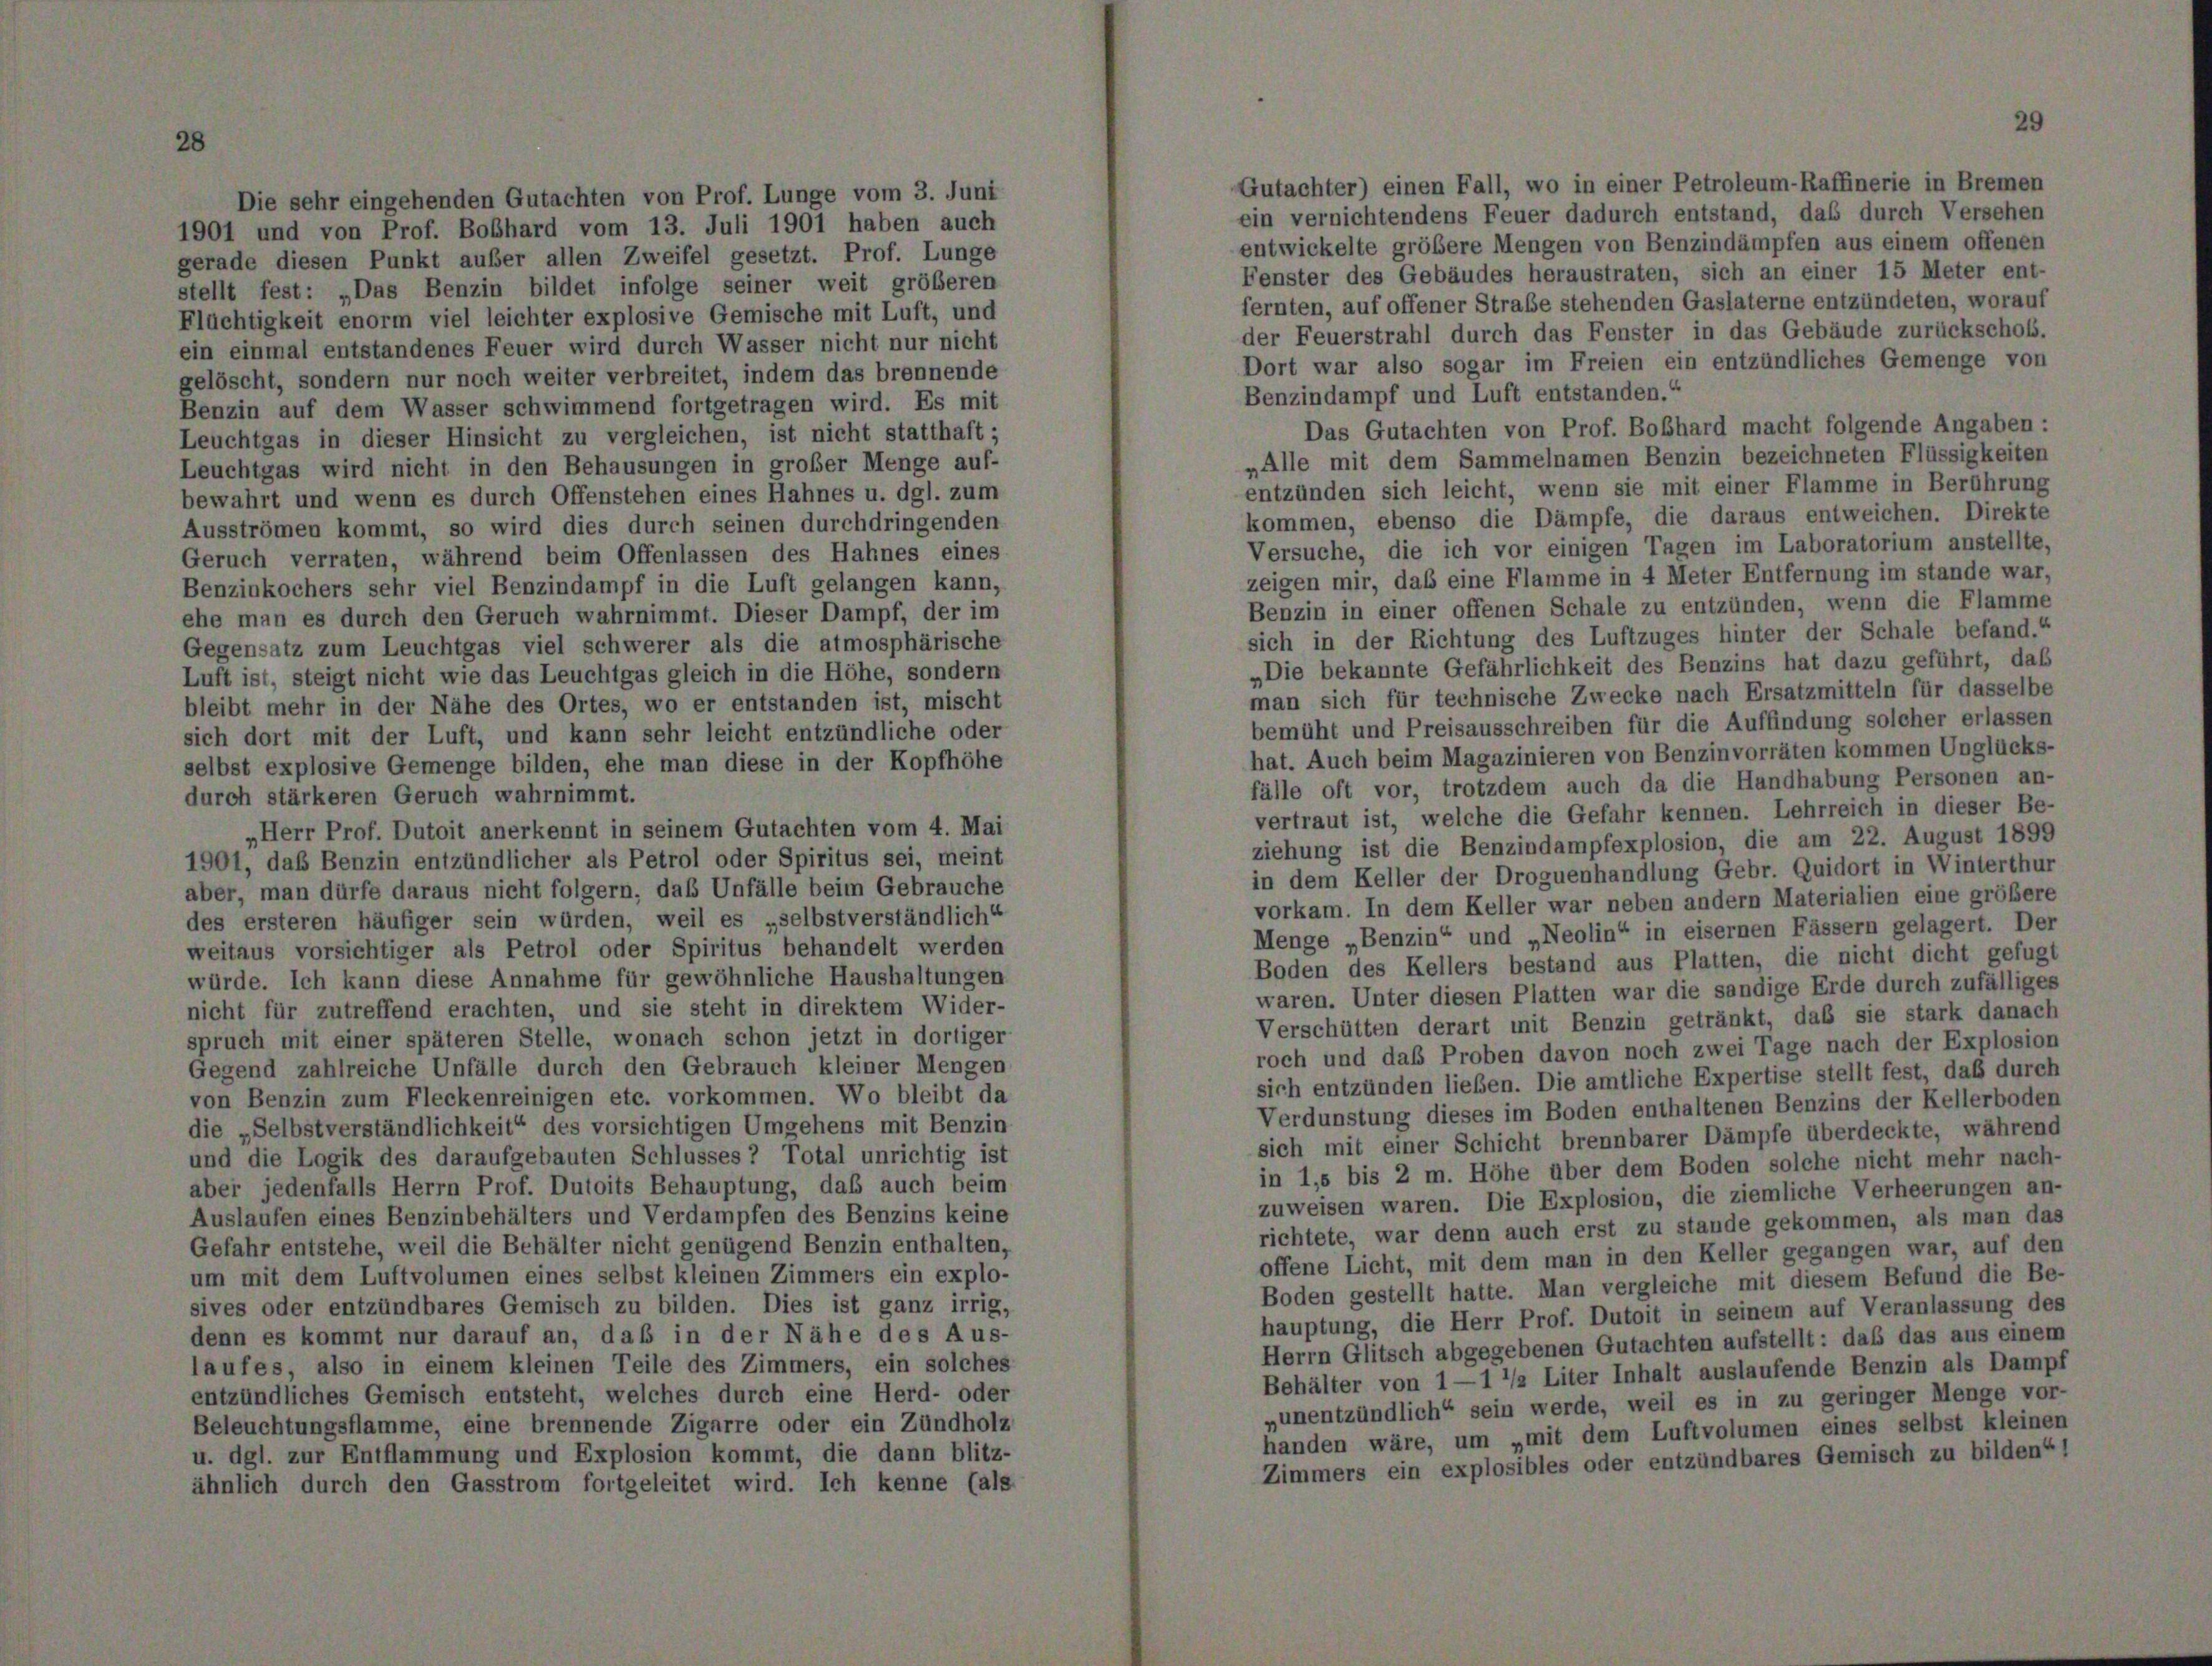
1901 und von Prof. Boßhard vom 13. Juli 1901 haben auch
gerade diesen Punkt außer allen Zweifel gesetzt. Prof. Lunge
stellt fest: „Das Benzin bildet infolge seiner weit größeren
Flüchtigkeit enorm viel leichter explosive Gemische mit Luft, und
ein einmal entstandenes Feuer wird durch Wasser nicht nur nicht
gelöscht, sondern nur noch weiter verbreitet, indem das brennende
Benzin auf dem Wasser schwimmend fortgetragen wird. Es mit
Leuchtgas in dieser Hinsicht zu vergleichen, ist nicht statthaft;
Leuchtgas wird nicht in den Behausungen in großer Menge auf-
bewahrt und wenn es durch Offenstehen eines Hahnes u. dgl. zum
Ausströmen kommt, so wird dies durch seinen durchdringenden
Geruch verraten, während beim Offenlassen des Hahnes eines
Benzinkochers sehr viel Benzindampf in die Luft gelangen kann,
ehe man es durch den Geruch wahrnimmt. Dieser Dampf, der im
Gegensatz zum Leuchtgas viel schwerer als die atmosphärische
Luft ist, steigt nicht wie das Leuchtgas gleich in die Höhe, sondern
bleibt mehr in der Nähe des Ortes, wo er entstanden ist, mischt
sich dort mit der Luft, und kann sehr leicht entzündliche oder
selbst explosive Gemenge bilden, ehe man diese in der Kopfhöhe
durch stärkeren Geruch wahrnimmt.
„Herr Prof. Dutoit anerkennt in seinem Gutachten vom 4. Mai
1901, das Benzin entzündlicher als Petrol oder Spiritus sei, meint
aber, man dürfe daraus nicht folgern, das Unfälle beim Gebrauche
des ersteren häufiger sein würden, weil es „selbstverständlich“
weitaus vorsichtiger als Petrol oder Spiritus behandelt werden
würde. Ich kann diese Annahme für gewöhnliche Haushaltungen
nicht für zutreffend erachten, und sie steht in direktem Wider-
spruch mit einer späteren Stelle, wonach schon jetzt in dortiger
Gegend zahlreiche Unfälle durch den Gebrauch kleiner Mengen
von Benzin zum Fleckenreinigen etc. vorkommen. Wo bleibt da
die „Selbstverständlichkeit“ des vorsichtigen Umgehens mit Benzin
und die Logik des daraufgebauten Schlusses 2 Total unrichtig ist
aber jedenfalls Herrn Prof. Dutoits Behauptung, daß auch beim
Auslaufen eines Benzinbehälters und Verdampfen des Benzins keine
Gefahr entstehe, weil die Behälter nicht genügend Benzin enthalten,
um mit dem Luftvolumen eines selbst kleinen Zimmers ein explo-
sives oder entzündbares Gemisch zu bilden. Dies ist ganz irrig,
denn es kommt nur darauf an, daß in der Nähe des Aus-
laufes, also in einem kleinen Teile des Zimmers, ein solches
entzündliches Gemisch entsteht, welches durch eine Herd- oder
Beleuchtungsflamme, eine brennende Zigarre oder ein Zündholz
u. dgl. zur Entflammung und Explosion kommt, die dann blitz-
ähnlich durch den Gasstrom fortgeleitet wird. Ich kenne (als

futachter) einen Fall, wo in einer Petroleum-Raffinerie in Bremen
sin vernichtendens Feuer dadurch entstand, das durch Versehen
entwickelte größere Mengen von Benzindämpfen aus einem offenen
fenster des Gebäudes heraustraten, sich an einer 15 Meter ent-
ernten, auf offener Straße stehenden Gaslaterne entzündeten, worauf
der Feuerstrahl durch das Fenster in das Gebäude zurückschofs.
Dort war also sogar im Freien ein entzündliches Gemenge von
Benzindampf und Luft entstanden.“
Das Gutachten von Prof. Boßhard macht folgende Angaben :
„Alle mit dem Sammelnamen Benzin bezeichneten Flüssigkeiten
entzünden sich leicht, wenn sie mit einer Flamme in Berührung
kommen, ebenso die Dämpfe, die daraus entweichen. Direkte
Versuche, die ich vor einigen Tagen im Laboratorium anstellte,
zeigen mir, daß eine Flamme in 4 Meter Entfernung im stande war,
Benzin in einer offenen Schale zu entzünden, wenn die Flamme
sich in der Richtung des Luftzuges hinter der Schale befand.“
„Die bekannte Gefährlichkeit des Benzins hat dazu geführt, daß
man sich für technische Zwecke nach Ersatzmitteln für dasselbe
bemüht und Preisausschreiben für die Auffindung solcher erlassen
hat. Auch beim Magazinieren von Benzinvorräten kommen Unglücks-
fälle oft vor, trotzdem auch da die Handhabung Personen an-
vertraut ist, welche die Gefahr kennen. Lehrreich in dieser Be-
ziehung ist die Benzindampfexplosion, die am 22. August 1899
in dem Keller der Droguenhandlung Gebr. Quidort in Winterthur
vorkam. In dem Keller war neben andern Materialien eine größere
Menge „Benzin“ und „Neolin“ in eisernen Fässern gelagert. Der
Boden des Kellers bestand aus Platten, die nicht dicht gefugt
waren. Unter diesen Platten war die sandige Erde durch zufälliges
Verschütten derart mit Benzin getränkt, daß sie stark danach
roch und das Proben davon noch zwei Tage nach der Explosion
sich entzünden ließen. Die amtliche Expertise stellt fest, daß durch
Verdunstung dieses im Boden enthaltenen Benzins der Kellerboden
sich mit einer Schicht brennbarer Dämpfe überdeckte, während
in 1,5 bis 2 m. Höhe über dem Boden solche nicht mehr nach-
zuweisen waren. Die Explosion, die ziemliche Verheerungen an-
richtete, war denn auch erst zu stande gekommen, als man das
offene Licht, mit dem man in den Keller gegangen war, auf den
Boden gestellt hatte. Man vergleiche mit diesem Befund die Be-
hauptung, die Herr Prof. Dutoit in seinem auf Veranlassung des
Herrn Glitsch abgegebenen Gutachten aufstellt: daß das aus einem
Behälter von 1 — 1 1/2 Liter Inhalt auslaufende Benzin als Dampf
„unentzündlich“ sein werde, weil es in zu geringer Menge vor-
handen wäre, um „mit dem Luftvolumen eines selbst kleinen
Zimmers ein explosibles oder entzündbares Gemisch zu bilden“ 1